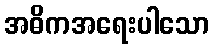
အဓိကအရေးပါသော